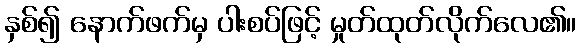
နှစ်၍ နောက်ဖက်မှ ပါးစပ်ဖြင့် မှုတ်ထုတ်လိုက်လေ၏။